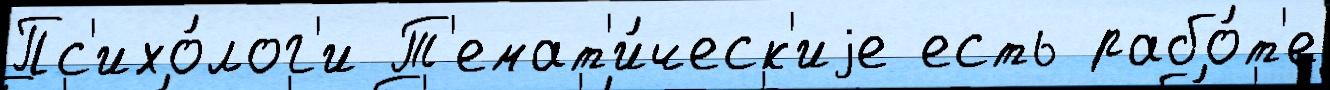
Пс'ихо́лог'и Т'емат'и́ческ'иjе есть рабо́т'е